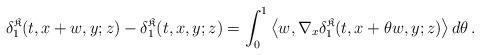
LaTeX: \begin{align*}\delta_1^{\mathfrak{K}}(t,x+w,y;z)-\delta_1^{\mathfrak{K}}(t,x,y;z) = \int_0^1 \left< w, \nabla_x \delta_1^{\mathfrak{K}}(t,x+\theta w,y;z)\right> d\theta\,.\end{align*}